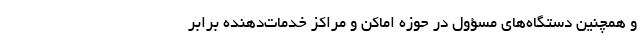
و همچنین دستگاه‌های مسؤول در حوزه اماکن و مراکز خدمات‌دهنده برابر